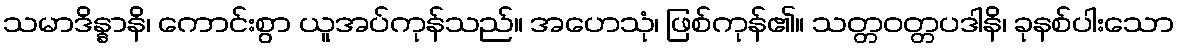
သမာဒိန္နာနိ၊ ကောင်းစွာ ယူအပ်ကုန်သည်။ အဟေသုံ၊ ဖြစ်ကုန်၏။ သတ္တဝတ္တပဒါနိ၊ ခုနစ်ပါးသော